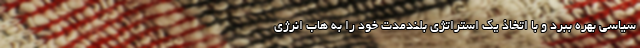
سیاسی بهره ببرد و با اتخاذ یک استراتژی بلندمدت خود را به هاب انرژی